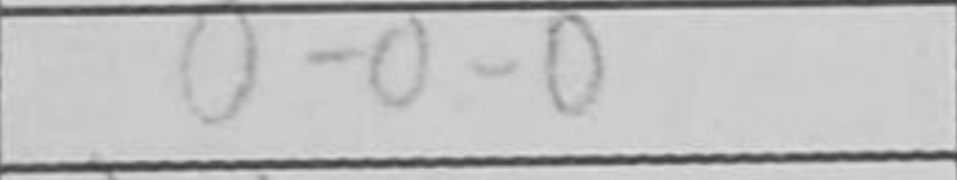
Transcription: O-O-O